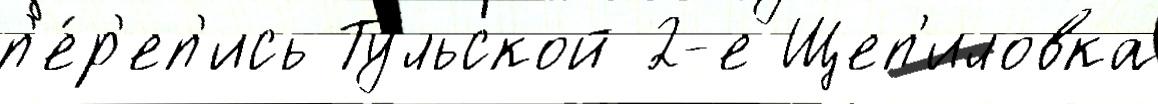
п'е́р'еп'ись Ту́льской 2-е Щеп'иловка